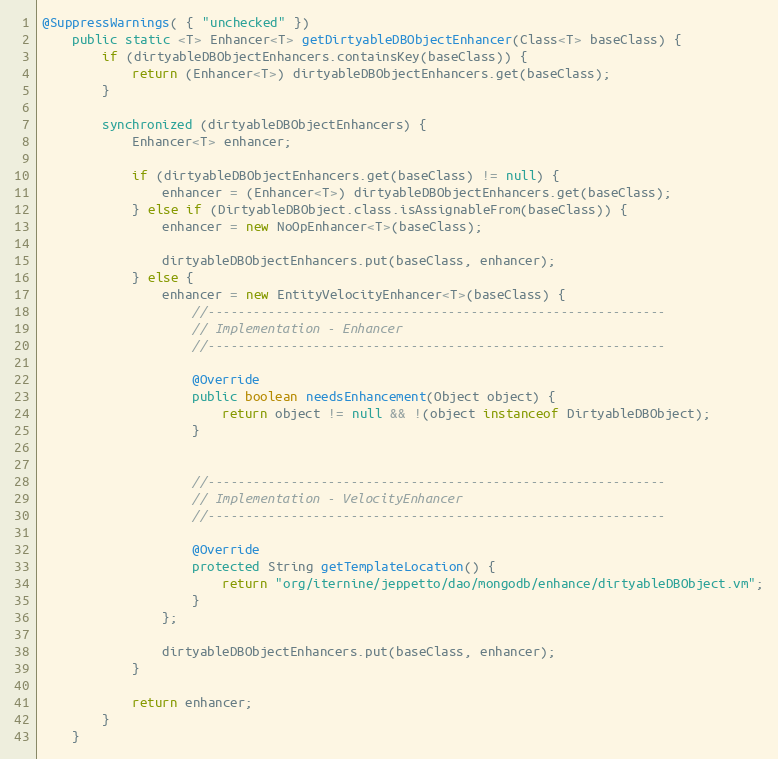
Language: Java
@SuppressWarnings( { "unchecked" })
    public static <T> Enhancer<T> getDirtyableDBObjectEnhancer(Class<T> baseClass) {
        if (dirtyableDBObjectEnhancers.containsKey(baseClass)) {
            return (Enhancer<T>) dirtyableDBObjectEnhancers.get(baseClass);
        }

        synchronized (dirtyableDBObjectEnhancers) {
            Enhancer<T> enhancer;

            if (dirtyableDBObjectEnhancers.get(baseClass) != null) {
                enhancer = (Enhancer<T>) dirtyableDBObjectEnhancers.get(baseClass);
            } else if (DirtyableDBObject.class.isAssignableFrom(baseClass)) {
                enhancer = new NoOpEnhancer<T>(baseClass);

                dirtyableDBObjectEnhancers.put(baseClass, enhancer);
            } else {
                enhancer = new EntityVelocityEnhancer<T>(baseClass) {
                    //-------------------------------------------------------------
                    // Implementation - Enhancer
                    //-------------------------------------------------------------

                    @Override
                    public boolean needsEnhancement(Object object) {
                        return object != null && !(object instanceof DirtyableDBObject);
                    }

                    //-------------------------------------------------------------
                    // Implementation - VelocityEnhancer
                    //-------------------------------------------------------------

                    @Override
                    protected String getTemplateLocation() {
                        return "org/iternine/jeppetto/dao/mongodb/enhance/dirtyableDBObject.vm";
                    }
                };

                dirtyableDBObjectEnhancers.put(baseClass, enhancer);
            }

            return enhancer;
        }
    }